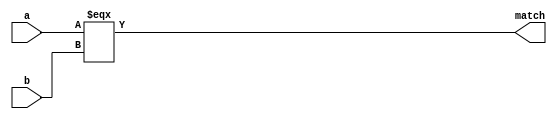
module equality
	#(
		parameter w = 20)
(
input [w-1:0] a,
input [w-1:0] b,
output match
);

assign match = (a === b);


endmodule